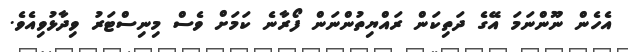
އެހެން ނޫންނަމަ އޭގެ ދަތިކަން ރައްޔިތުންނަން ފޯރާނެ ކަމަށް ވެސް މިނިސްޓަރު ވިދާޅުވިއެވެ.